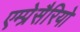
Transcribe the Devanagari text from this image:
एम्प्रेसैरियो